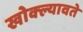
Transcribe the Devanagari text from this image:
खोक्ल्यावते